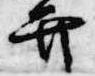
弁